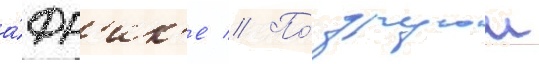
а́фр'ик'е // По́ другои